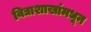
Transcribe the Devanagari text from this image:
विद्याशाखांमधून